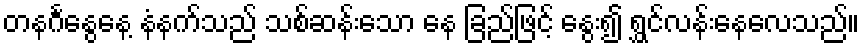
တနင်္ဂနွေနေ့ နံနက်သည် သစ်ဆန်းသော နေ ခြည်ဖြင့် နွေး၍ ရွှင်လန်းနေလေသည်။